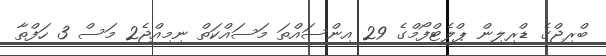
ބްރިޖްގެ ޑްރިލިން ޕްލެޓްފޯމްގެ 29 އިންސައްތަ މަސައްކަތް ނިމިއްޖެ2 މަސް 3 ހަފްތާ